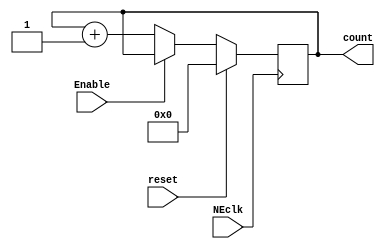
module contadorN(
    NEclk,      // Negative-edge clock
    reset,     // Not-reset
    Enable,     // Counting Enabler
    count       // Count output
);

parameter BITS = 29; // Parmetro para el tamao del contador

// Defining I/O
input NEclk, reset, Enable;

output reg [BITS-1 : 0] count;

// Defining Data Types
//wire NEclk, reset, Enable;

//reg [BITS-1 : 0] count;

initial count=0;

// Code

always @ (negedge NEclk) begin
    if(reset == 1) begin
        count = 0;
    end
    else begin
        if (Enable == 0) begin
				count = count + 1;
			end
    end
end

/*
always @ (negedge NEclk) begin
    count <= count + 1;
end*/
endmodule